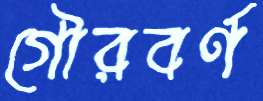
গৌরবর্ণ